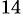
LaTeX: ^{14}